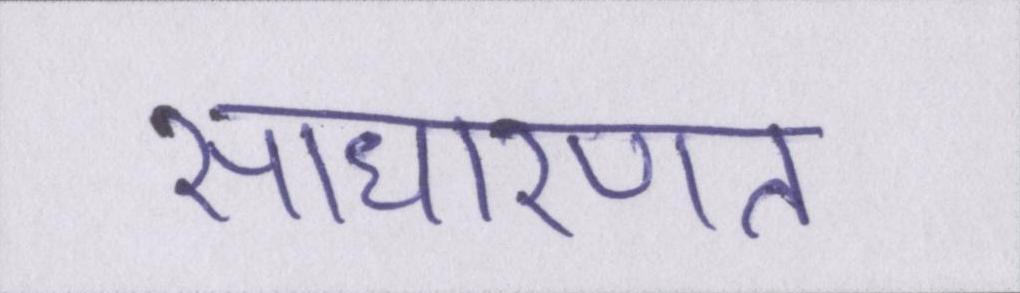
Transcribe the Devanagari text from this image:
साधारणत